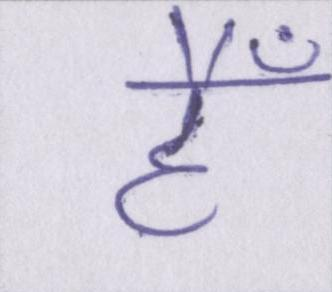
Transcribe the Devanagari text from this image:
हैँ